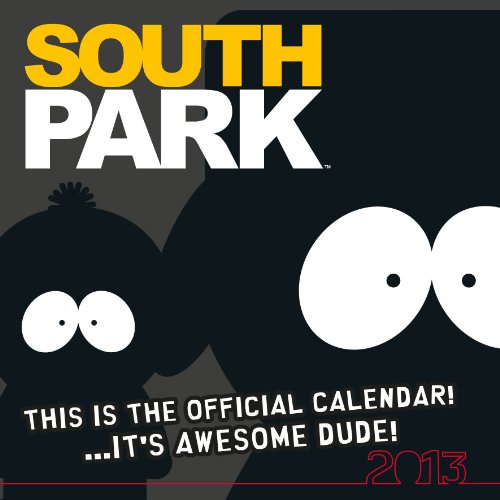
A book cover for Official South Park 2013 Calendar; Calendars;